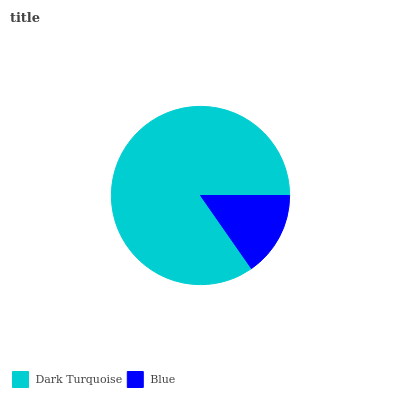
| Dark Turquoise | Blue |
 | --- | --- |
 | 84.7% | 15.3% |